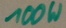
Text: 100W